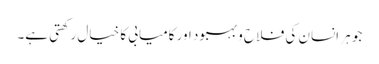
جو ہر انسان کی فلاح و بہبود اور کامیابی کا خیال رکھتی ہے۔